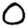
Digit: 0